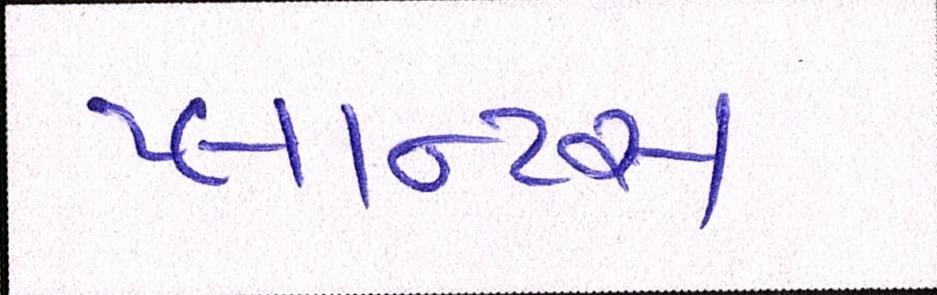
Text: પ્લાન્ટસ